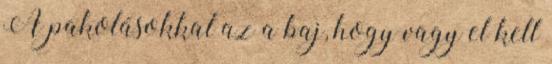
A pakolásokkal az a baj, hogy vagy el kell